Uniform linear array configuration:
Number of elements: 4
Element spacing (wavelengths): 0.25
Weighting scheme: binomial
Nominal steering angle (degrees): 15
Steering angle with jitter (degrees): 14.838
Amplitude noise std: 0.05
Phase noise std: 0.05

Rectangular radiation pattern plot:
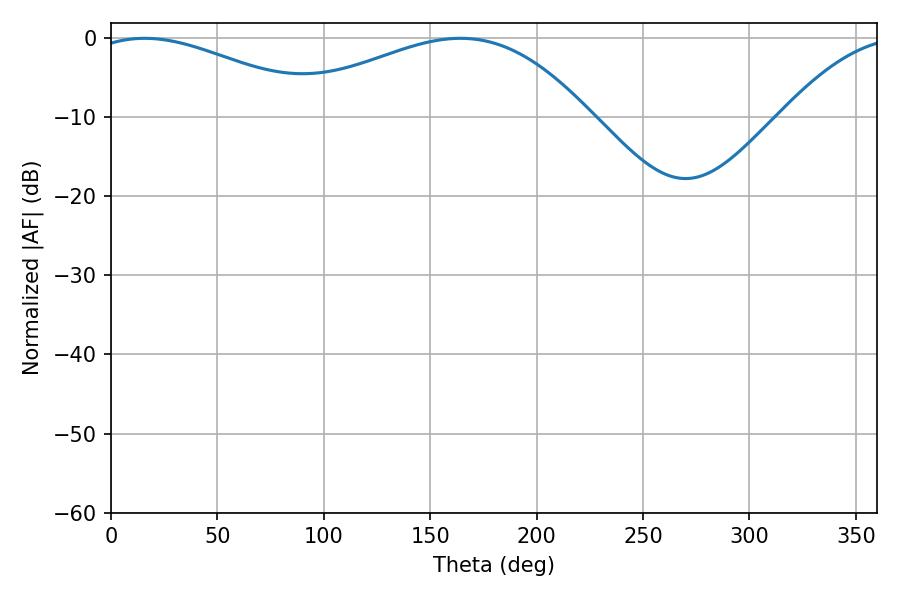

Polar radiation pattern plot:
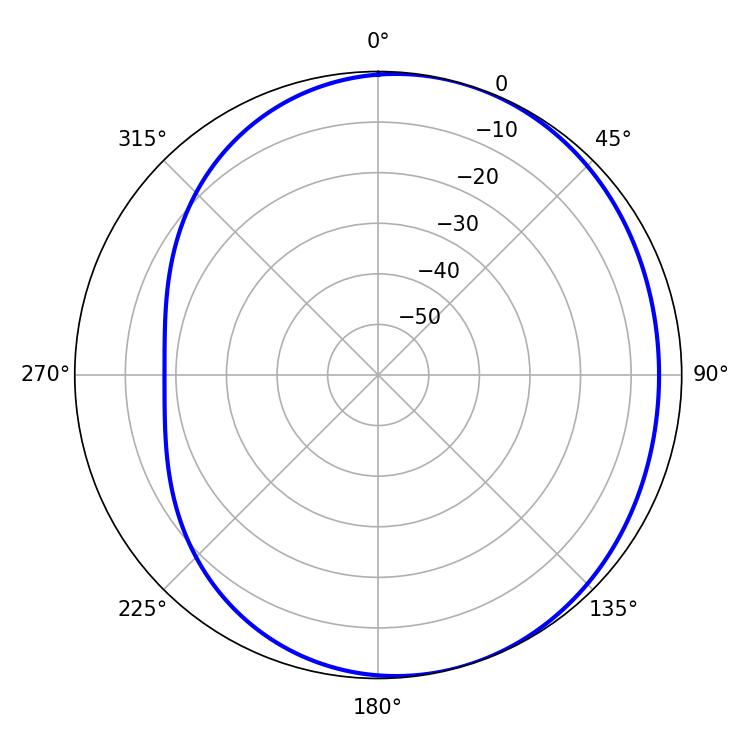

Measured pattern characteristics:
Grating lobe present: FALSE
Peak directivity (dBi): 3.394
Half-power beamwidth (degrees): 60.66
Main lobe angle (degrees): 15.84